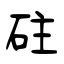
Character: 砫